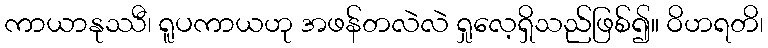
ကာယာနုဿီ၊ ရူပကာယဟု အဖန်တလဲလဲ ရှုလေ့ရှိသည်ဖြစ်၍။ ဝိဟရတိ၊